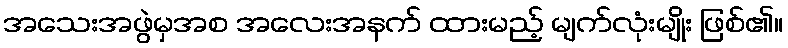
အသေးအဖွဲမှအစ အလေးအနက် ထားမည့် မျက်လုံးမျိုး ဖြစ်၏။